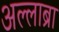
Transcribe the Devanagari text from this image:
अल्लाब्रा